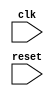
module ddr_sdram_controller (
  input wire clk,        // Clock input
  input wire reset,      // Reset input
  
  // Add input/output ports for communication with SDRAM device and external system
  
);

  // Declare signals and registers
  
  // Define state machine
  
  // Data buffers
  
  // Error checking mechanisms
  
  // Controller operations
  
  always @(posedge clk or posedge reset) begin
    if (reset) begin
      // Reset operations
    end else begin
      // Controller operations based on state machine
    end
  end
  
endmodule